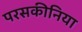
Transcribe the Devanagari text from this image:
परसकीनिया